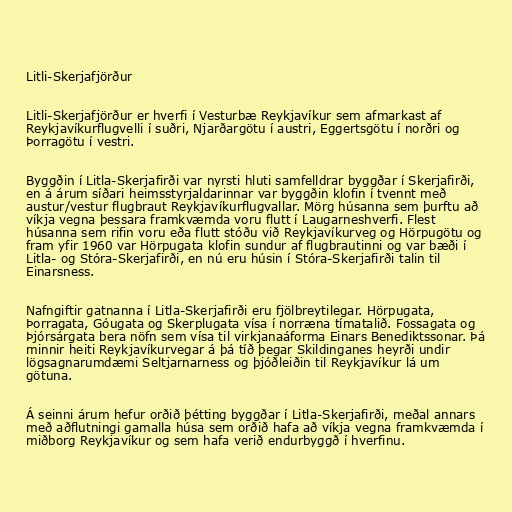
Litli-Skerjafjörður

Litli-Skerjafjörður er hverfi í Vesturbæ Reykjavíkur sem afmarkast af
Reykjavíkurflugvelli í suðri, Njarðargötu í austri, Eggertsgötu í norðri og
Þorragötu í vestri.

Byggðin í Litla-Skerjafirði var nyrsti hluti samfelldrar byggðar í Skerjafirði,
en á árum síðari heimsstyrjaldarinnar var byggðin klofin í tvennt með
austur/vestur flugbraut Reykjavíkurflugvallar. Mörg húsanna sem þurftu að
víkja vegna þessara framkvæmda voru flutt í Laugarneshverfi. Flest
húsanna sem rifin voru eða flutt stóðu við Reykjavíkurveg og Hörpugötu og
fram yfir 1960 var Hörpugata klofin sundur af flugbrautinni og var bæði í
Litla- og Stóra-Skerjafirði, en nú eru húsin í Stóra-Skerjafirði talin til
Einarsness.

Nafngiftir gatnanna í Litla-Skerjafirði eru fjölbreytilegar. Hörpugata,
Þorragata, Góugata og Skerplugata vísa í norræna tímatalið. Fossagata og
Þjórsárgata bera nöfn sem vísa til virkjanaáforma Einars Benediktssonar. Þá
minnir heiti Reykjavíkurvegar á þá tíð þegar Skildinganes heyrði undir
lögsagnarumdæmi Seltjarnarness og þjóðleiðin til Reykjavíkur lá um
götuna.

Á seinni árum hefur orðið þétting byggðar í Litla-Skerjafirði, meðal annars
með aðflutningi gamalla húsa sem orðið hafa að víkja vegna framkvæmda í
miðborg Reykjavíkur og sem hafa verið endurbyggð í hverfinu.